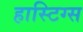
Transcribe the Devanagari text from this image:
हास्टिग्स